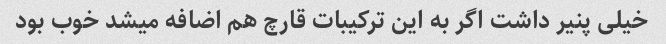
خیلی پنیر داشت اگر به این ترکیبات قارچ هم اضافه میشد خوب بود